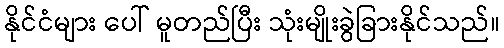
နိုင်ငံများ ပေါ် မူတည်ပြီး သုံးမျိုးခွဲခြားနိုင်သည်။